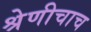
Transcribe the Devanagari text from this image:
श्रेणीचाच